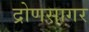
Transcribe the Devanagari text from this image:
द्रोणसागर